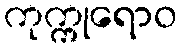
ကုက္ကုရောဝ